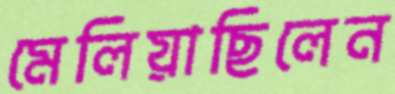
মেলিয়াছিলেন